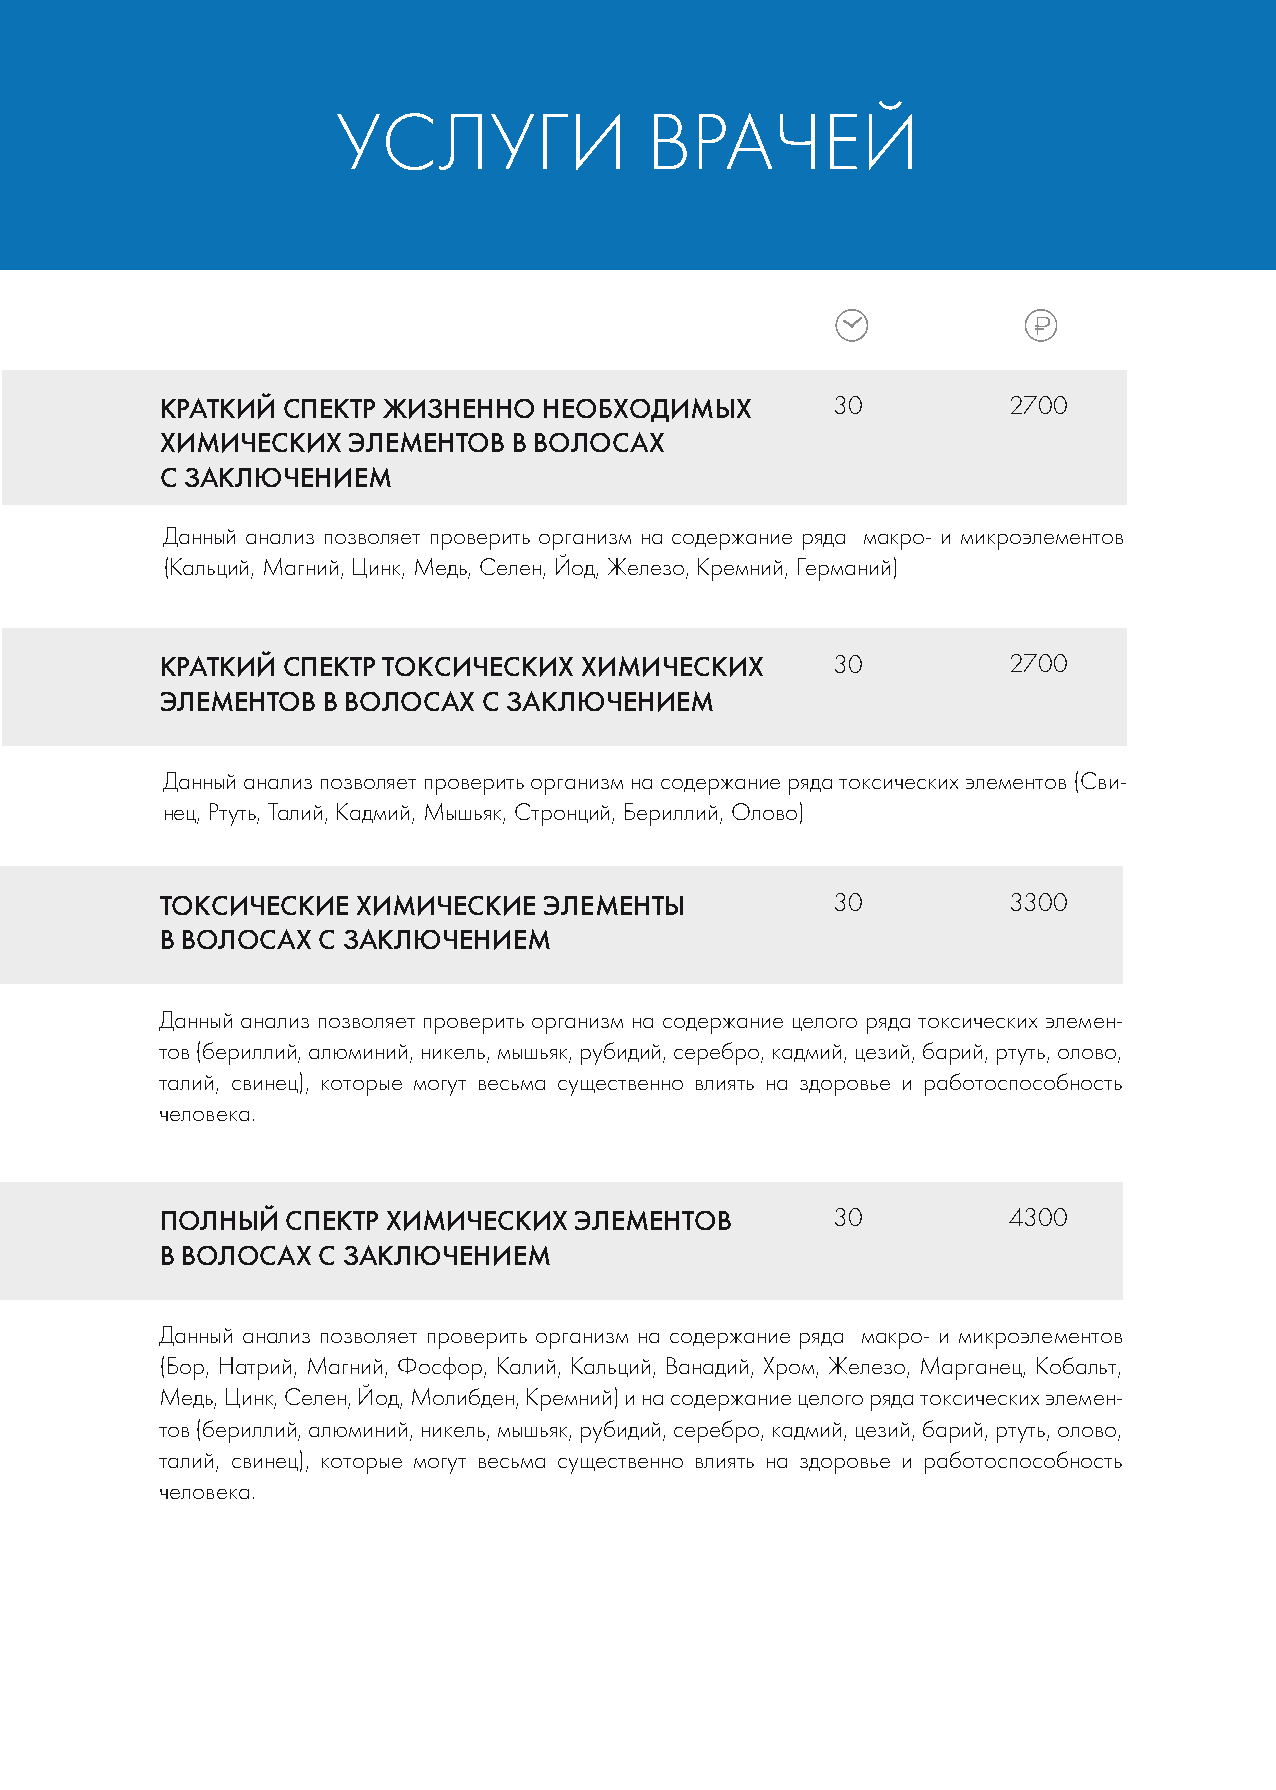
Парная тренировка в присутствии врача (ЛФК)
 УСЛУГИ               ВРАЧЕЙ
 КРАТКИЙ СПЕКТР ЖИЗНЕННО  НЕОБХОДИМЫХ        30          2700
 ХИМИЧЕСКИХ  ЭЛЕМЕНТОВ  В ВОЛОСАХ
 С ЗАКЛЮЧЕНИЕМ
 Данный анализ позволяет проверить организм на содержание ряда макро- и микроэлементов
 (Кальций, Магний, Цинк, Медь, Селен, Йод, Железо, Кремний, Германий)
 КРАТКИЙ СПЕКТР ТОКСИЧЕСКИХ ХИМИЧЕСКИХ       30          2700
 ЭЛЕМЕНТОВ В ВОЛОСАХ  С ЗАКЛЮЧЕНИЕМ
 Данный анализ позволяет проверить организм на содержание ряда токсических элементов (Сви-
 нец, Ртуть, Талий, Кадмий, Мышьяк, Стронций, Бериллий, Олово)
 ТОКСИЧЕСКИЕ  ХИМИЧЕСКИЕ  ЭЛЕМЕНТЫ           30          3300
 В ВОЛОСАХ С ЗАКЛЮЧЕНИЕМ
 Данный анализ позволяет проверить организм на содержание целого ряда токсических элемен-
 тов (бериллий, алюминий, никель, мышьяк, рубидий, серебро, кадмий, цезий, барий, ртуть, олово,
 талий, свинец), которые могут весьма существенно влиять на здоровье и работоспособность
 человека.
 ПОЛНЫЙ  СПЕКТР ХИМИЧЕСКИХ  ЭЛЕМЕНТОВ        30          4300
 В ВОЛОСАХ С ЗАКЛЮЧЕНИЕМ
 Данный анализ позволяет проверить организм на содержание ряда макро- и микроэлементов
 (Бор, Натрий, Магний, Фосфор, Калий, Кальций, Ванадий, Хром, Железо, Марганец, Кобальт,
 Медь, Цинк, Селен, Йод, Молибден, Кремний) и на содержание целого ряда токсических элемен-
 тов (бериллий, алюминий, никель, мышьяк, рубидий, серебро, кадмий, цезий, барий, ртуть, олово,
 талий, свинец), которые могут весьма существенно влиять на здоровье и работоспособность
 человека.